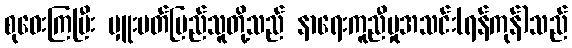
စုဝေးကြပြီး မှူးမတ်ပြည်သူတို့သည် နာရေးကူညီမှုအသင်း(ရန်ကုန်)သည်